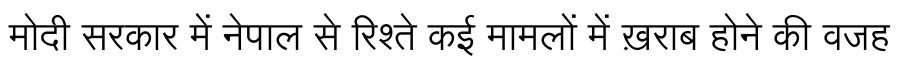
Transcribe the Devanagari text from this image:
मोदी सरकार में नेपाल से रिश्ते कई मामलों में ख़राब होने की वजह